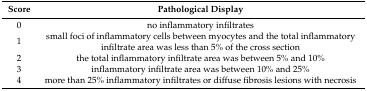
<table><thead><tr><td><b>Score</b></td><td><b>Pathological Display</b></td></tr></thead><tbody><tr><td>0</td><td>no inflammatory infiltrates</td></tr><tr><td>1</td><td>small foci of inflammatory cells between myocytes and the total inflammatory infiltrate area was less than 5% of the cross section</td></tr><tr><td>2</td><td>the total inflammatory infiltrate area was between 5% and 10%</td></tr><tr><td>3</td><td>inflammatory infiltrate area was between 10% and 25%</td></tr><tr><td>4</td><td>more than 25% inflammatory infiltrates or diffuse fibrosis lesions with necrosis</td></tr></tbody></table>